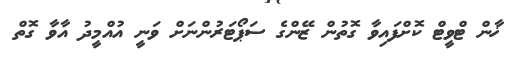
ޚާން ޓްވީޓް ކޮށްފައިވާ ގޮތުން ޒޭންގެ ސަޕޯޓަރުންނަށް ވަނީ އުއްމީދު އާވާ ގޮތް